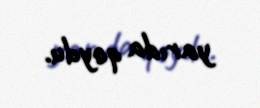
yarıda qoydu.